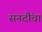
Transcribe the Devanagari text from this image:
सनदींचा